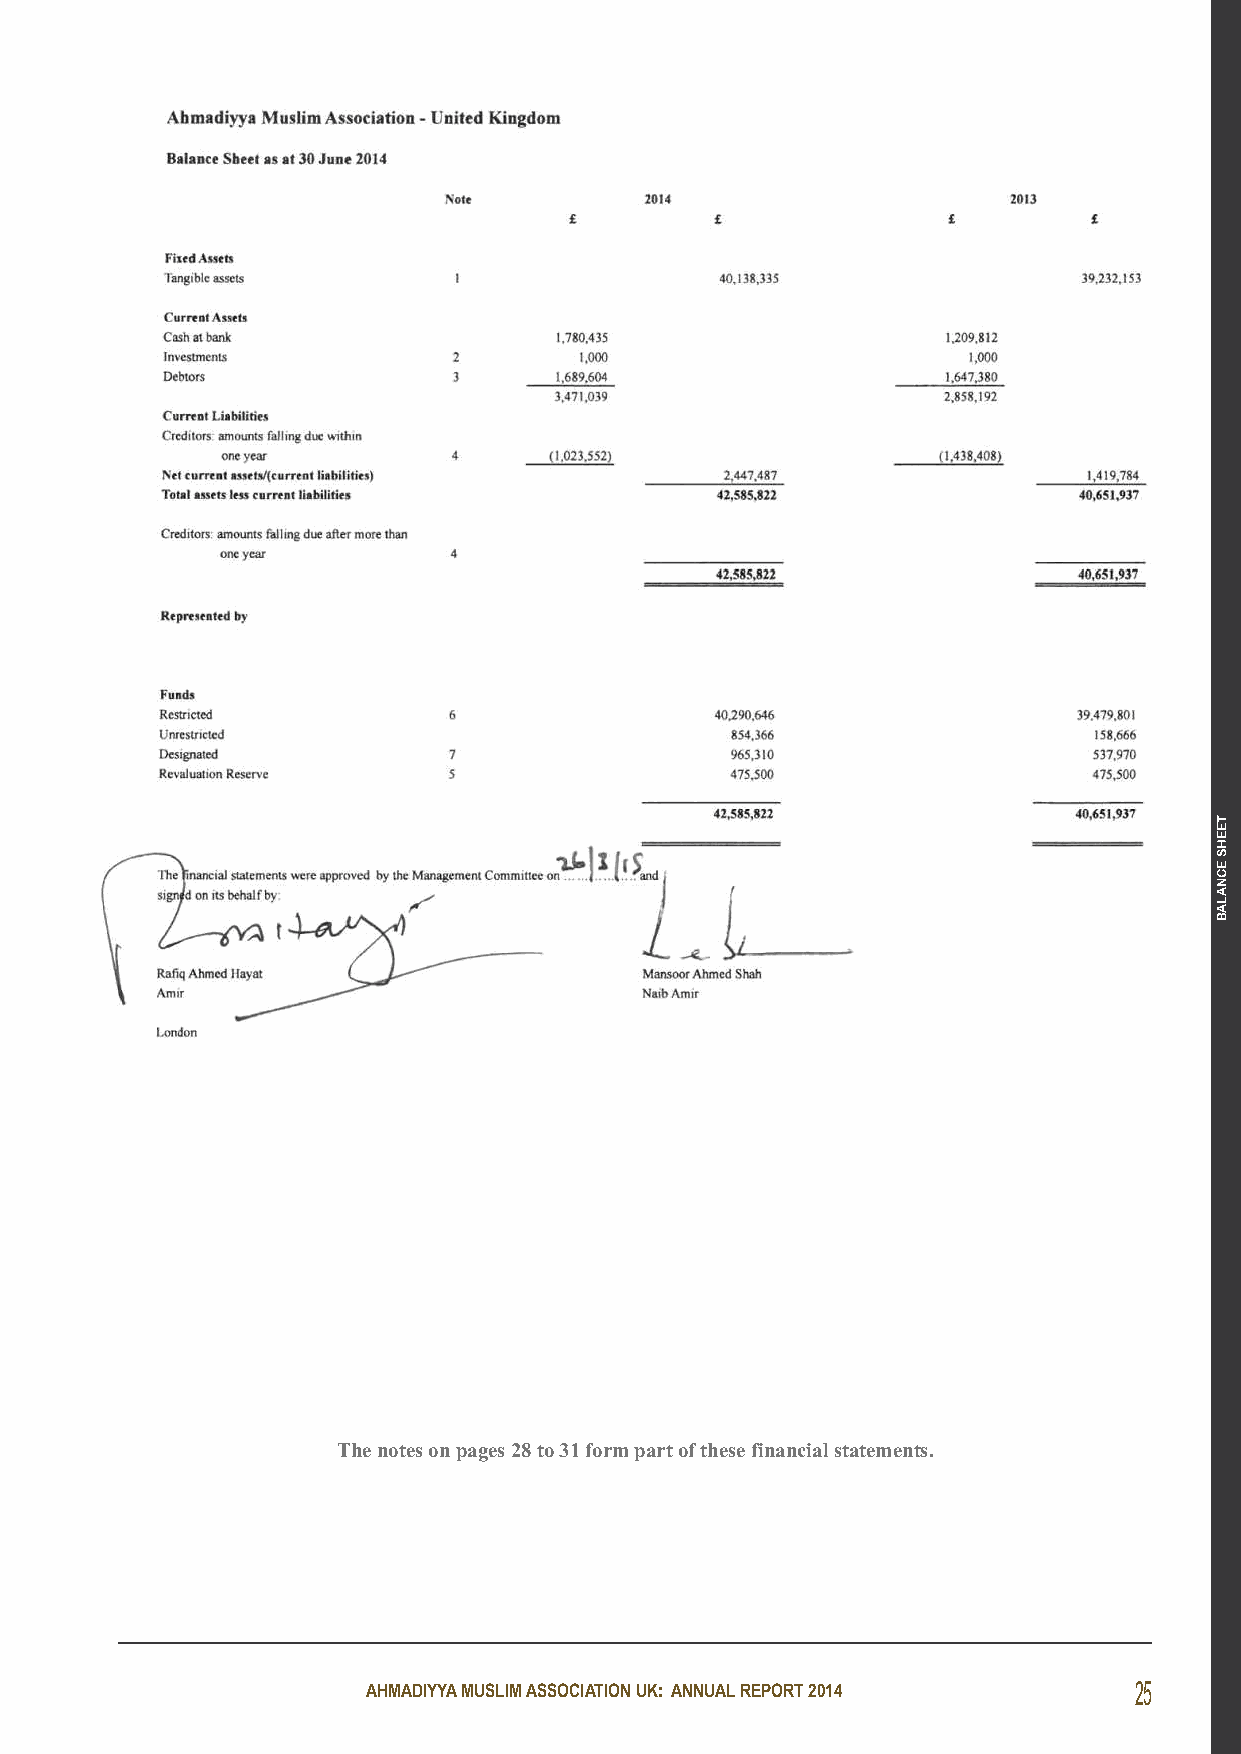
The notes on pages 28 to 31 form part of these financial statements.
 AHMADIYYA MUSLIM ASSOCIATION UK: ANNUAL REPORT 2014 25
 TEEHS
 ECNALAB